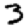
Digit: 3